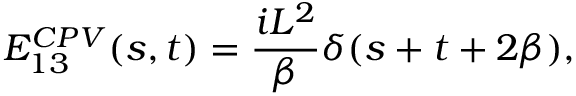
E _ { 1 3 } ^ { C P V } ( s , t ) = { \frac { i L ^ { 2 } } { \beta } } \delta ( s + t + 2 \beta ) ,